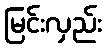
မြင်းလှည်း